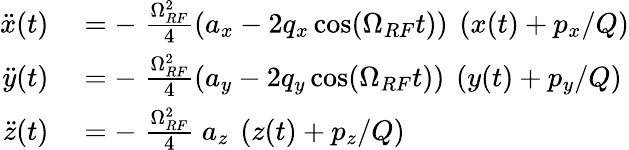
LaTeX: \begin{array}{rl}{\ddot{x}(t)}&{{}=-\; \frac{\Omega_{RF}^{2}}{4}\left(a_{x}-2q_{x}\cos(\Omega_{RF}t)\right)\ \left(x(t)+p_{x}/Q\right)}\\ {\ddot{y}(t)}&{{}=-\; \frac{\Omega_{RF}^{2}}{4}\left(a_{y}-2q_{y}\cos(\Omega_{RF}t)\right)\ \left(y(t)+p_{y}/Q\right)}\\ {\ddot{z}(t)}&{{}=-\; \frac{\Omega_{RF}^{2}}{4}\; a_{z}\ \left(z(t)+p_{z}/Q\right)}\end{array}